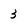
Character: 3